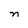
Character: n